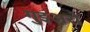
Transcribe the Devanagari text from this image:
गुइअरो